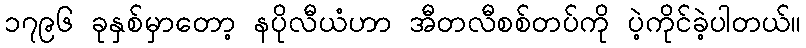
၁၇၉၆ ခုနှစ်မှာတော့ နပိုလီယံဟာ အီတလီစစ်တပ်ကို ပဲ့ကိုင်ခဲ့ပါတယ်။